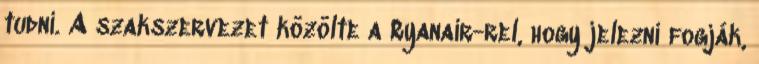
tudni. A szakszervezet közölte a Ryanair-rel, hogy jelezni fogják,